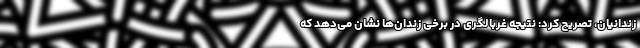
زندانیان، تصریح کرد: نتیجه غربالگری در برخی زندان‌ها نشان می‌دهد که